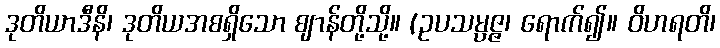
ဒုတိယာဒီနိ၊ ဒုတိယအစရှိသော ဈာန်တို့သို့။ (ဥပသမ္ပဇ္ဇ၊ ရောက်၍။ ဝိဟရတိ၊